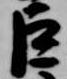
巨